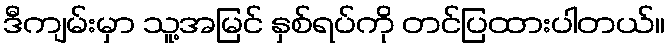
ဒီကျမ်းမှာ သူ့အမြင် နှစ်ရပ်ကို တင်ပြထားပါတယ်။